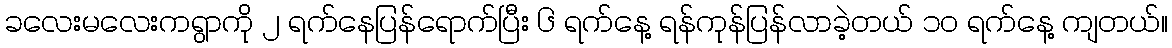
ခလေးမလေးကရွာကို ၂ ရက်နေပြန်ရောက်ပြီး ၆ ရက်နေ့ ရန်ကုန်ပြန်လာခဲ့တယ် ၁၀ ရက်နေ့ ကျတယ်။